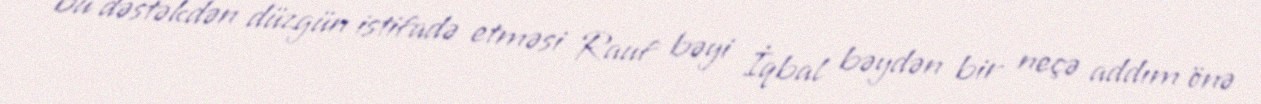
bu dəstəkdən düzgün istifadə etməsi Rauf bəyi İqbal bəydən bir neçə addım önə